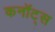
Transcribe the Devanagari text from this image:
कनॉट्स